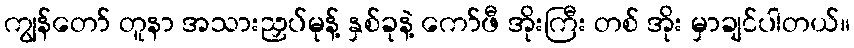
ကျွန်တော် တူနာ အသားညှပ်မုန့် နှစ်ခုနဲ့ ကော်ဖီ အိုးကြီး တစ် အိုး မှာချင်ပါတယ်။